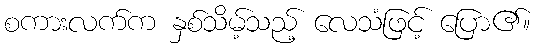
စကားလက်က နှစ်သိမ့်သည့် လေသံဖြင့် ပြော၏။